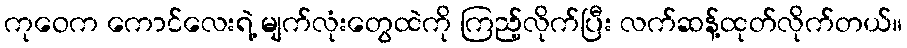
ကုဝေက ကောင်လေးရဲ့ မျက်လုံးတွေထဲကို ကြည့်လိုက်ပြီး လက်ဆန့်ထုတ်လိုက်တယ်။